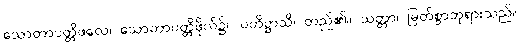
သောတာပတ္တိဖလေ၊ သောတာပတ္တိဖိုလ်၌။ ပတိဋ္ဌာသိ၊ တည်၏။ သတ္တာ၊ မြတ်စွာဘုရားသည်။